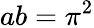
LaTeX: ab=\pi^{2}